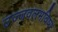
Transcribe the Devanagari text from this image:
उज्जवलभविष्य